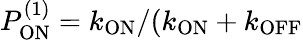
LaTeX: P_{\mathrm{ON}}^{(1)}=k_{\mathrm{ON}}/(k_{\mathrm{ON}}+k_{\mathrm{OFF}}